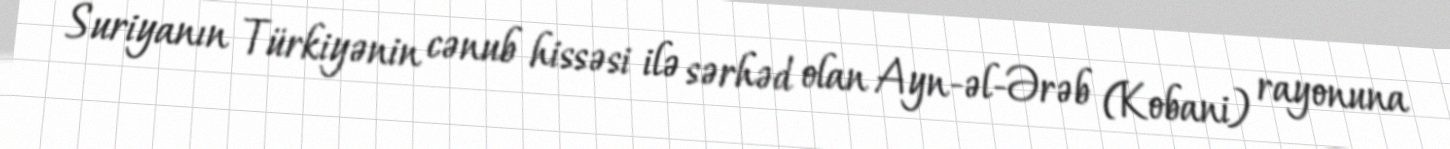
Suriyanın Türkiyənin cənub hissəsi ilə sərhəd olan Ayn-əl-Ərəb (Kobani) rayonuna